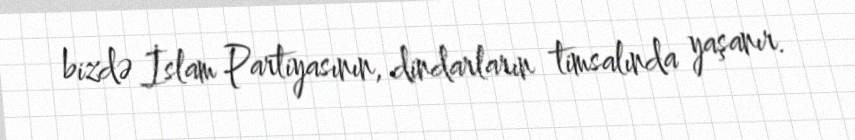
bizdə İslam Partiyasının, dindarların timsalında yaşanır.